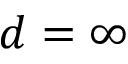
d = \infty